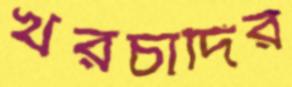
খরচাদির